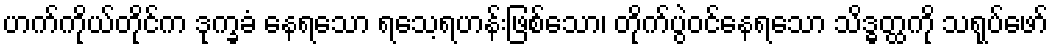
ဟက်ကိုယ်တိုင်က ဒုက္ခခံ နေရသော ရသေ့ရဟန်းဖြစ်သော၊ တိုက်ပွဲဝင်နေရသော သိဒ္ဓတ္ထကို သရုပ်ဖော်